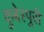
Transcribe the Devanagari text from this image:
कुबेरपुरी